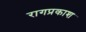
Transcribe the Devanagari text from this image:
रागप्रकाश